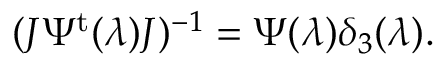
( J \Psi ^ { \mathrm { t } } ( \lambda ) J ) ^ { - 1 } = \Psi ( \lambda ) \delta _ { 3 } ( \lambda ) .